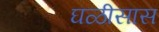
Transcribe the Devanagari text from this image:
घळीसास